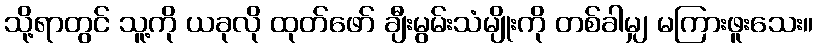
သို့ရာတွင် သူ့ကို ယခုလို ထုတ်ဖော် ချီးမွမ်းသံမျိုးကို တစ်ခါမျှ မကြားဖူးသေး။